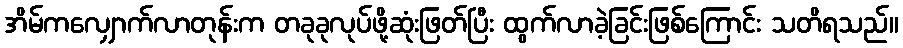
အိမ်ကလျှောက်လာတုန်းက တခုခုလုပ်ဖို့ဆုံးဖြတ်ပြီး ထွက်လာခဲ့ခြင်းဖြစ်ကြောင်း သတိရသည်။